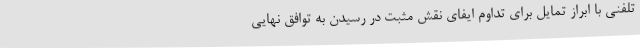
تلفنی با ابراز تمایل برای تداوم ایفای نقش مثبت در رسیدن به توافق نهایی